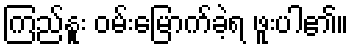
ကြည်နူး ဝမ်းမြောက်ခဲ့ရ ဖူးပါ၏။